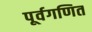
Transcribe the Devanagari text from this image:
पूर्वगणित